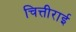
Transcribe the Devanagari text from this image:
चित्तीराई